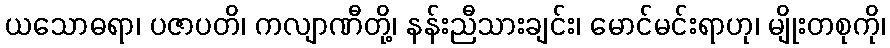
ယသောဓရာ၊ ပဇာပတိ၊ ကလျာဏီတို့၊ နန်းညီသားချင်း၊ မောင်မင်းရာဟု၊ မျိုးတစုကို၊